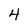
Character: 4